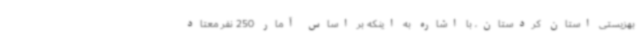
بهزیستی استان کردستان، با اشاره به اینکه بر اساس آمار 250 نفر معتاد